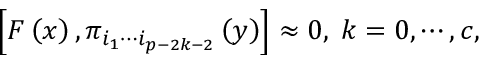
\left[ F \left( x \right) , \pi _ { i _ { 1 } \cdots i _ { p - 2 k - 2 } } \left( y \right) \right] \approx 0 , \; k = 0 , \cdots , c ,